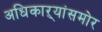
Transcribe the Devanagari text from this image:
अधिकाऱ्यांसमोर